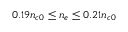
0 . 1 9 n _ { c 0 } \leq n _ { e } \leq 0 . 2 1 n _ { c 0 }